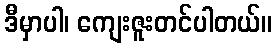
ဒီမှာပါ၊ ကျေးဇူးတင်ပါတယ်။